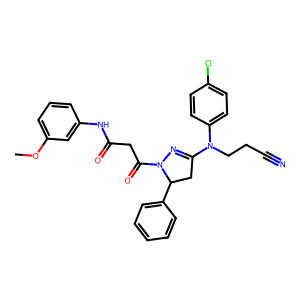
SMILES: COc1cccc(NC(=O)CC(=O)N2N=C(N(CCC#N)c3ccc(Cl)cc3)CC2c2ccccc2)c1
Inhibits HIV replication: No